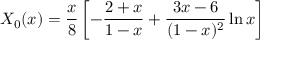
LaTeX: X _ { 0 } ( x ) = { \frac { x } { 8 } } \left[ - { \frac { 2 + x } { 1 - x } } + { \frac { 3 x - 6 } { ( 1 - x ) ^ { 2 } } } \ln x \right]